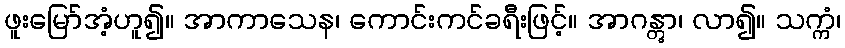
ဖူးမြော်အံ့ဟူ၍။ အာကာသေန၊ ကောင်းကင်ခရီးဖြင့်။ အာဂန္တွာ၊ လာ၍။ သက္ကံ၊